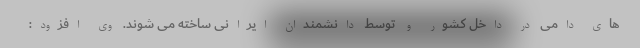
های دامی در داخل کشور و توسط دانشمندان ایرانی ساخته می شوند. وی افزود: